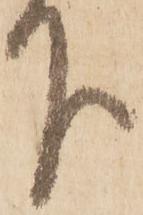
下